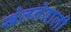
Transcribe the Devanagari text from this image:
खेलनेवाली